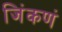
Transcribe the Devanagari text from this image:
जिंकणं